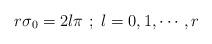
LaTeX: \begin{align*}r \sigma_0 = 2l\pi~; ~l=0,1,\cdots, r\end{align*}